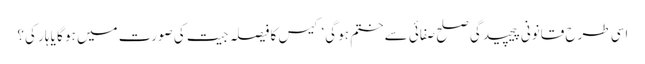
اسی طرح قانونی پیچیدگی صلح صفائی سے ختم ہو گی‘ کیس کا فیصلہ جیت کی صورت میں ہو گا یا ہار کی؟